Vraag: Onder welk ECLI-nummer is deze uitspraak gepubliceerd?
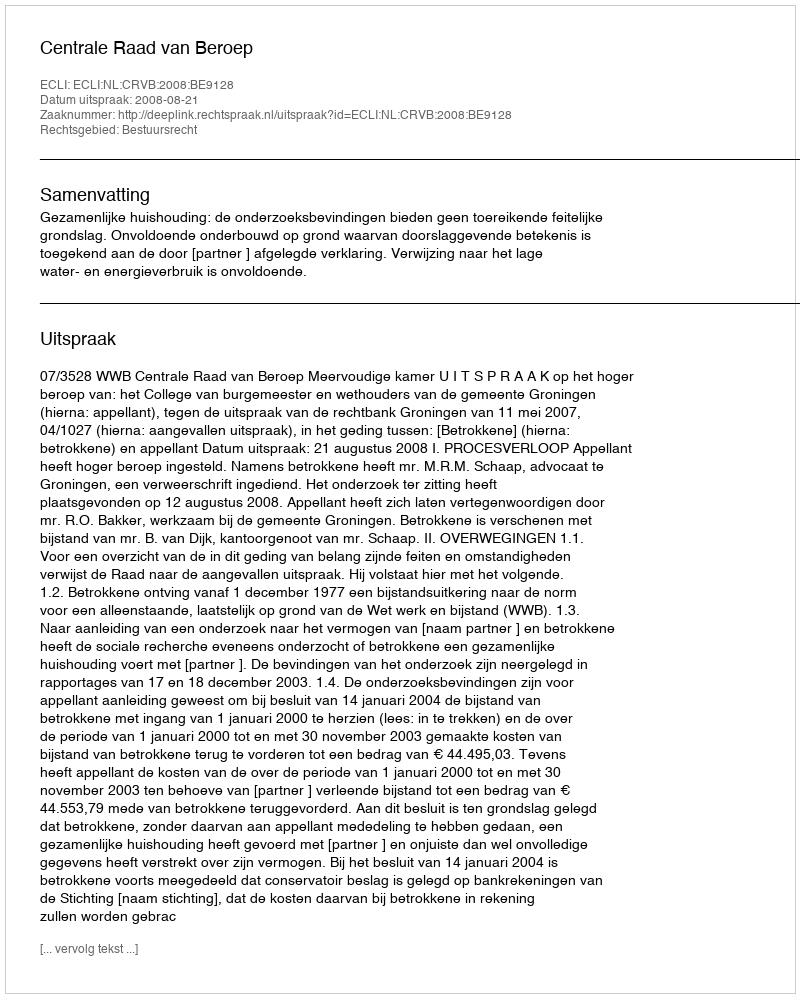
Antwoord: ECLI:NL:CRVB:2008:BE9128